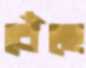
বেঁছে